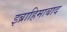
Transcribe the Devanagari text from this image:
इब्राहिमाबाद